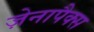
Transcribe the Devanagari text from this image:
ज़ेनापैक्स